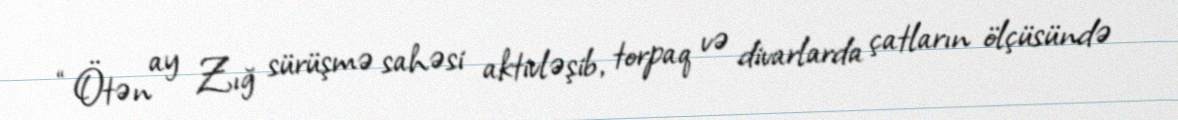
“Ötən ay Zığ sürüşmə sahəsi aktivləşib, torpaq və divarlarda çatların ölçüsündə